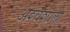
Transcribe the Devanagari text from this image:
अश्‍वशाला